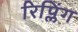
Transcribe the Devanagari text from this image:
रिप्लिंग